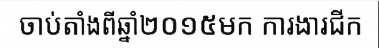
ចាប់តាំងពីឆ្នាំ២០១៥មក ការងារជីក